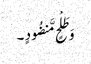
وَ طَلْحٍ مَّنضُودٍ ۔